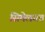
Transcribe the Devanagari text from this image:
सिमेलगत